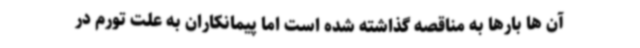
آن ها بارها به مناقصه گذاشته شده است اما پیمانکاران به علت تورم در